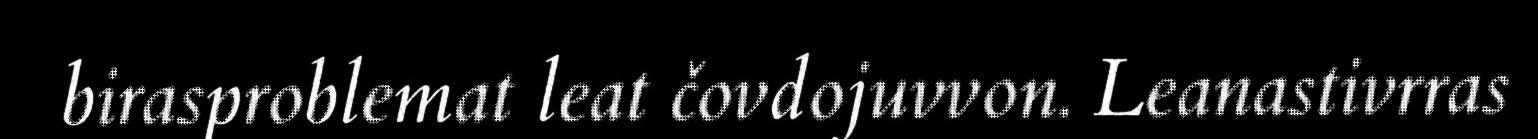
birasproblemat leat čovdojuvvon. Leanastivrras